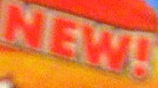
NEW!